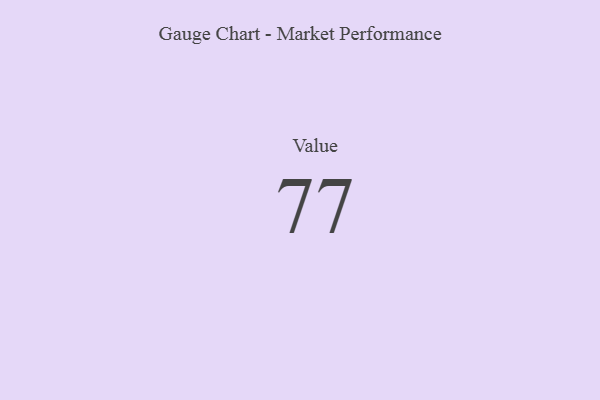
{"axis": {"x": "Metric", "y": "Value"}, "legend": [""], "data": [{"x": "Value", "y": 77, "type": ""}]}